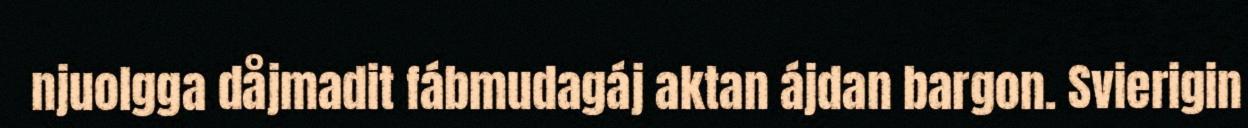
njuolgga dåjmadit fábmudagáj aktan ájdan bargon. Svierigin